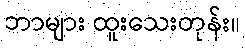
ဘာများ ထူးသေးတုန်း။